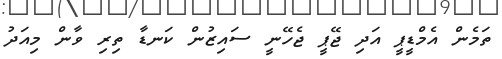
ތަމެން އެމްޑީޕީ އަދި ޖޭޕީ ޖެހޭނީ ސައިޒުން ކަނޑާ ތިރި ވާން މިއަދު